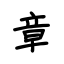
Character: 章